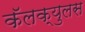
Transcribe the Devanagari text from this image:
कॅलक्युलस